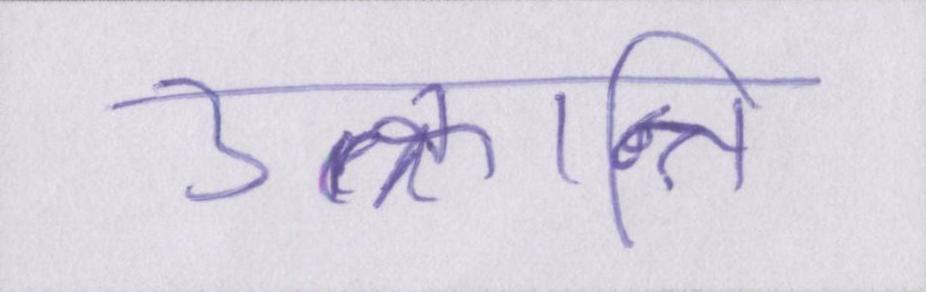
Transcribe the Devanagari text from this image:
उत्क्रान्ति